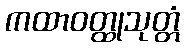
ကထာဝတ္ထုသုတ္တံ